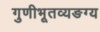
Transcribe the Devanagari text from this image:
गुणीभूतव्यङग्य